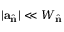
| \mathbf { a } _ { \hat { \mathbf { n } } } | \ll W _ { \hat { \mathbf { n } } }